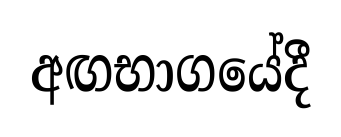
අඟභාගයේදී